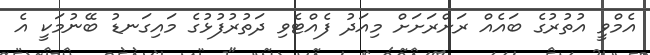
އެމްވީ އުތުރުގެ ބައެއް ރަށްރަށަށް މިއަދު ފެއްޓެވި ދަތުރުފުޅުގެ މައިގަނޑު ބޭނުމަކީ އެ